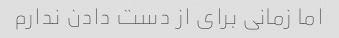
اما زمانی برای از دست دادن ندارم